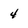
Character: 4